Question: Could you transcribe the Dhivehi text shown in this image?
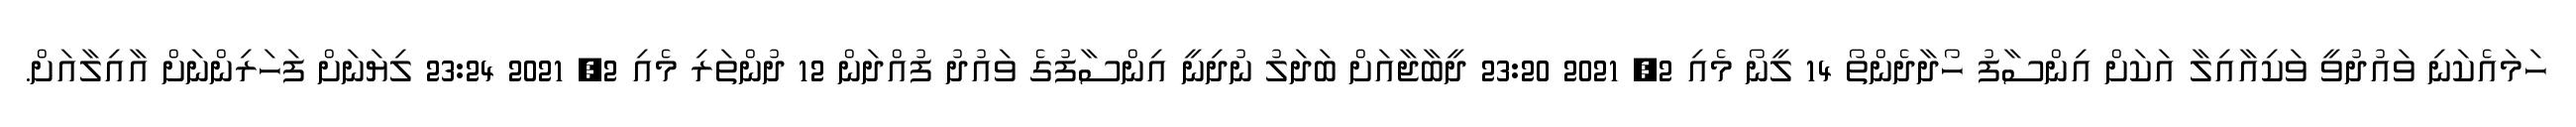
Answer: ހަމައެކަނި ވައުދުވީ ވަކިއާއިލާ އަކަށް އިންސާފު ހޯދާދެންތޯ 14 ލީނޯ މެއި 2, 2021 23:20 ދީބާޖާއަށް ބަދަލު ނުދިނީ އިންސާފުގެ ވައުދު ފުއްދަން 12 ދުންތަރި މެއި 2, 2021 23:24 ލިޔަނަށް ފަހަރިންނަށް އާއިލާއަށް.